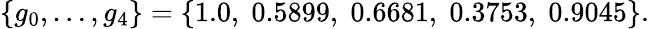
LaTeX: \left\{ g_{0},\dots,g_{4}\right\} =\left\{ 1.0,\; 0.5899,\; 0.6681,\; 0.3753,\; 0.9045\right\} .